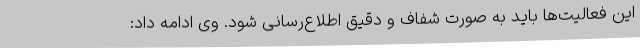
این فعالیت‌ها باید به صورت شفاف و دقیق اطلاع‌رسانی شود. وی ادامه داد: